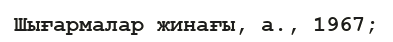
Шығармалар жинағы, а., 1967;